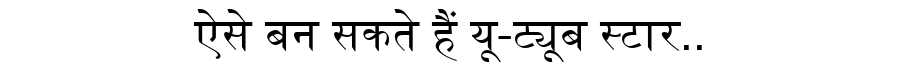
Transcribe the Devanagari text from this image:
ऐसे बन सकते हैं यू-ट्यूब स्टार..